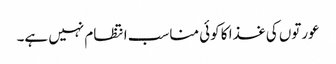
عورتوں کی غذا کا کوئی مناسب انتظام نہیں ہے۔